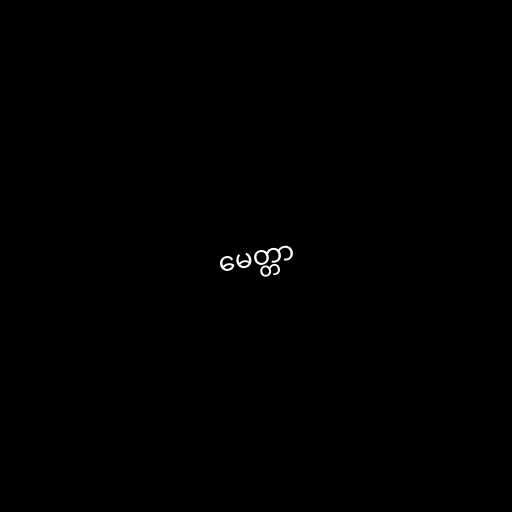
မေတ္တာ